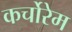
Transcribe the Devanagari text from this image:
कर्चोरेम